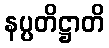
နပ္ပတိဋ္ဌာတိ